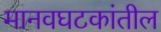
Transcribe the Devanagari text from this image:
मानवघटकांतील